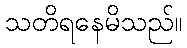
သတိရနေမိသည်။